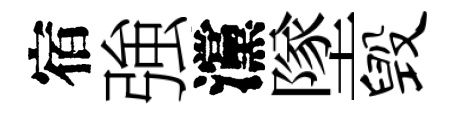
宿強灙墜毁